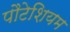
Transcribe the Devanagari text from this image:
पौटेशियम